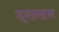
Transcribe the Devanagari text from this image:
द्ख्खन